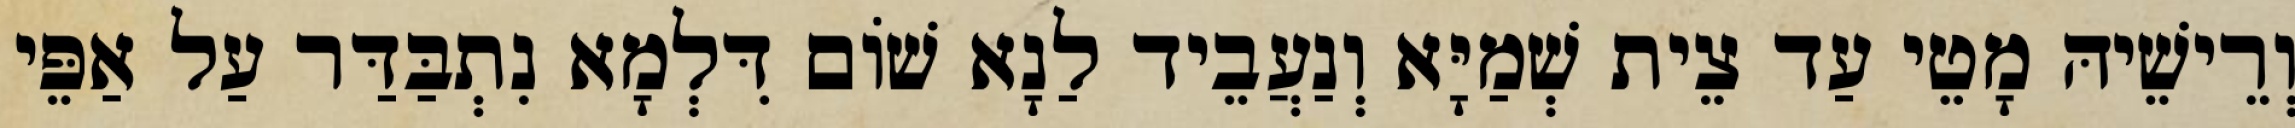
וְרֵישֵׁיהּ מָטֵי עַד צֵית שְׁמַיָּא וְנַעֲבֵיד לַנָא שׁוֹם דִּלְמָא נִתְבַּדַּר עַל אַפֵּי